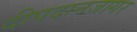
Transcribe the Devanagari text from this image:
दीपदानजागर